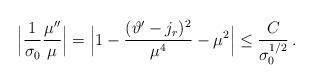
LaTeX: \begin{align*} \Big|\frac{1}{\sigma_0}\frac{\mu^{\prime\prime}}{\mu}\Big|= \Big|1-\frac{(\vartheta^\prime-j_r)^2}{\mu^4}-\mu^2\Big|\leq \frac{C}{\sigma_0^{1/2}} \,.\end{align*}